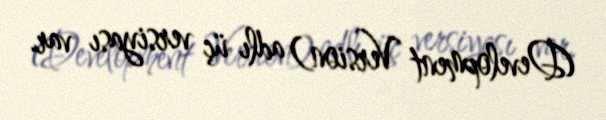
(Development Version) adlı üç versiyası var.